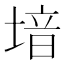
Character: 堷